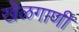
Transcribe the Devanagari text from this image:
खेळगाणी